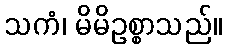
သကံ၊ မိမိဥစ္စာသည်။